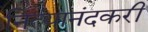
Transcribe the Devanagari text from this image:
नित्यानंदकरी